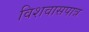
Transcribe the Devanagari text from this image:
विशवासपात्र